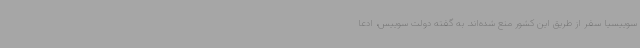
سوییسیا سفر از طریق این کشور منع شده‌اند. به گفته دولت سوییس، ادعا